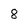
Character: 8